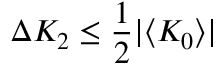
\Delta K _ { 2 } \leq \frac { 1 } { 2 } \vert \langle K _ { 0 } \rangle \vert